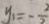
y _ { 1 } = - \frac { 3 } { 2 }